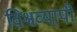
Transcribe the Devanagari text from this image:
विश्वव्‍यापी